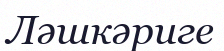
Ләшкәриге